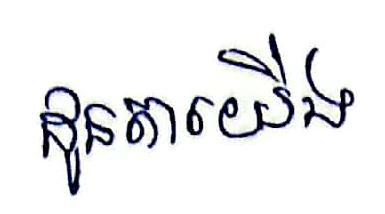
ដូនតាយើង